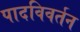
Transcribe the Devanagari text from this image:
पादविवर्तन